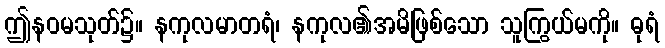
ဤနဝမသုတ်၌။ နကုလမာတရံ၊ နကုလ၏အမိဖြစ်သော သူကြွယ်မကို။ ဓုရံ